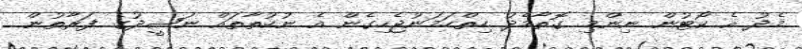
މެދު އެ ކޯޓުން ނިންމި ގޮތާމެދު ހިތްހަމަނުޖެހިގެން އެ ނުކުތާތައް ނަޝީދުގެ ފަރާތުން